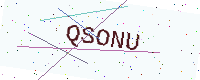
Text: QSONU